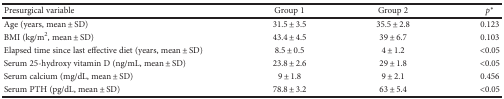
| Presurgical variable | Group 1 | Group 2 | p∗ |
 | --- | --- | --- | --- |
 | Age (years, mean ± SD) | 31.5 ± 3.5 | 35.5 ± 2.8 | 0.123 |
 | BMI (kg/m2, mean ± SD) | 43.4 ± 4.5 | 39 ± 6.7 | 0.103 |
 | Elapsed time since last effective diet (years, mean ± SD) | 8.5 ± 0.5 | 4 ± 1.2 | <0.05 |
 | Serum 25-hydroxy vitamin D (ng/mL, mean ± SD) | 23.8 ± 2.6 | 29 ± 1.8 | <0.05 |
 | Serum calcium (mg/dL, mean ± SD) | 9 ± 1.8 | 9 ± 2.1 | 0.456 |
 | Serum PTH (pg/dL, mean ± SD) | 78.8 ± 3.2 | 63 ± 5.4 | <0.05 |